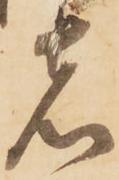
者